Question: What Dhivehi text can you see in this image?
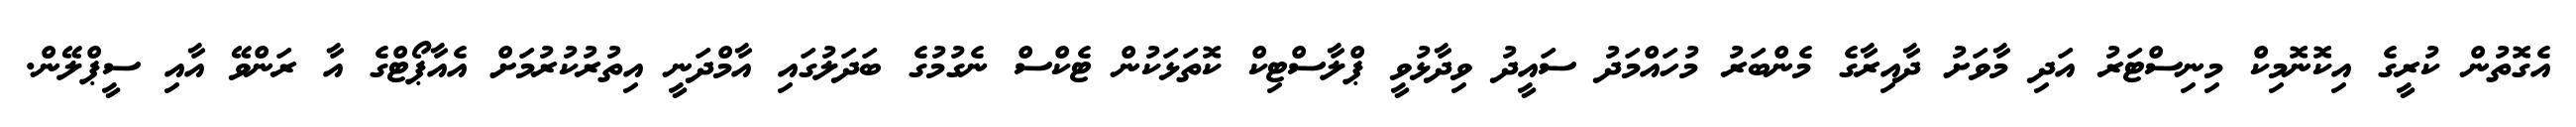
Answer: އެގޮތުން ކުރީގެ އިކޮނޮމިކް މިނިސްޓަރު އަދި މާވަށު ދާއިރާގެ މެންބަރު މުހައްމަދު ސައީދު ވިދާޅުވީ ޕްލާސްޓިކް ކޮތަޅަކުން ޓެކްސް ނެގުމުގެ ބަދަލުގައި އާމްދަނީ އިތުރުކުރުމަށް އެއާޕޯޓްގެ އާ ރަންވޭ އާއި ސީޕްލޭން.